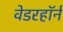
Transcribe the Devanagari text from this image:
वेडरहॉर्न